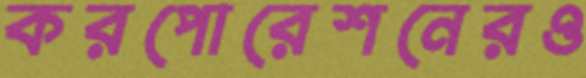
করপোরেশনেরও